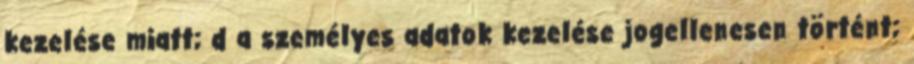
kezelése miatt; d a személyes adatok kezelése jogellenesen történt;